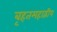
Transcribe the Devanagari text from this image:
बृहतमहाद्वीप